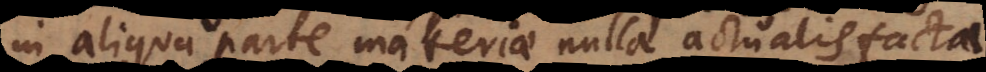
in aliqua parte materiae nulla actualis facta